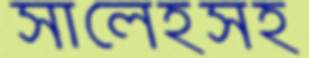
সালেহসহ